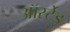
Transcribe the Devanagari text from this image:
ऑर्स्टेड